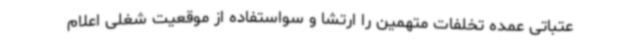
عتباتی عمده تخلفات متهمین را ارتشا و سواستفاده از موقعیت شغلی اعلام